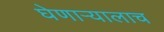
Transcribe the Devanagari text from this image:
घेणार्‍यालाच